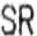
SR